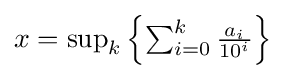
{\textstyle x=\sup _{k}\left\{\sum _{i=0}^{k}{\frac {a_{i}}{10^{i}}}\right\}}